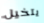
يتخيل